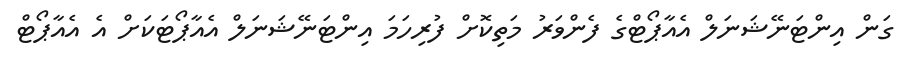
ގަން އިންޓަނޭޝަނަލް އެއާޕޯޓްގެ ފެންވަރު މަތިކޮށް ފުރިހަމަ އިންޓަނޭޝަނަލް އެއާޕޯޓަކަށް އެ އެއާޕޯޓް